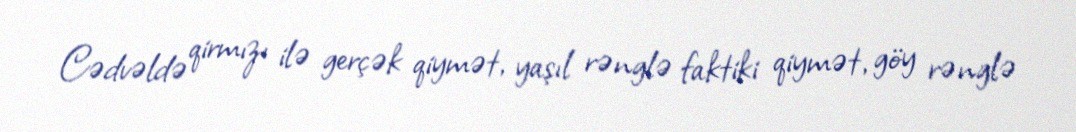
Cədvəldə qirmızı ilə gerçək qiymət, yaşıl rənglə faktiki qiymət, göy rənglə